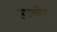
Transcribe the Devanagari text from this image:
उपवर्षेण